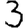
Digit: 3